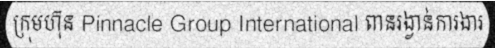
ក្រុមហ៊ុន Pinnacle Group International ពានរង្វាន់ការងារ